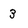
Character: 3